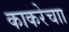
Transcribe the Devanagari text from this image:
काकरेचाा